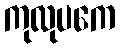
ကုလုပကေ